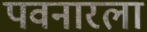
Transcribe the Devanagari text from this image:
पवनारला